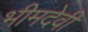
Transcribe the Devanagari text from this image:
भीमदेवी